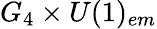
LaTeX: G_{4}\times U(1)_{em}